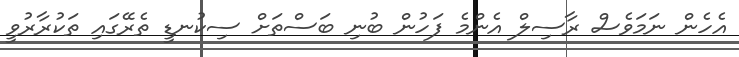
އެހެން ނަމަވެސް ރާސިލް އެންމެ ފަހުން ބުނި ބަސްތަށް ސިކުނޑީ ތެރޭގައި ތަކުރާރުވީ